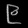
Digit: ၉